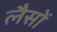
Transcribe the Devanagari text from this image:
लैसों